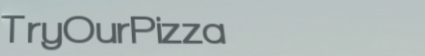
TryOurPizza